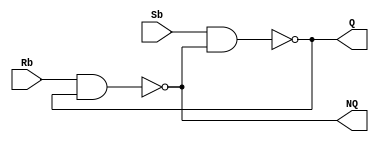
module Lab3_SbRb_Latch_gatelevel(output Q, NQ, input Sb, Rb);

nand #(2) G1(Q,Sb,NQ);
nand #(2) G2(NQ,Rb,Q);

endmodule